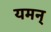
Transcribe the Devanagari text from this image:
यमन्